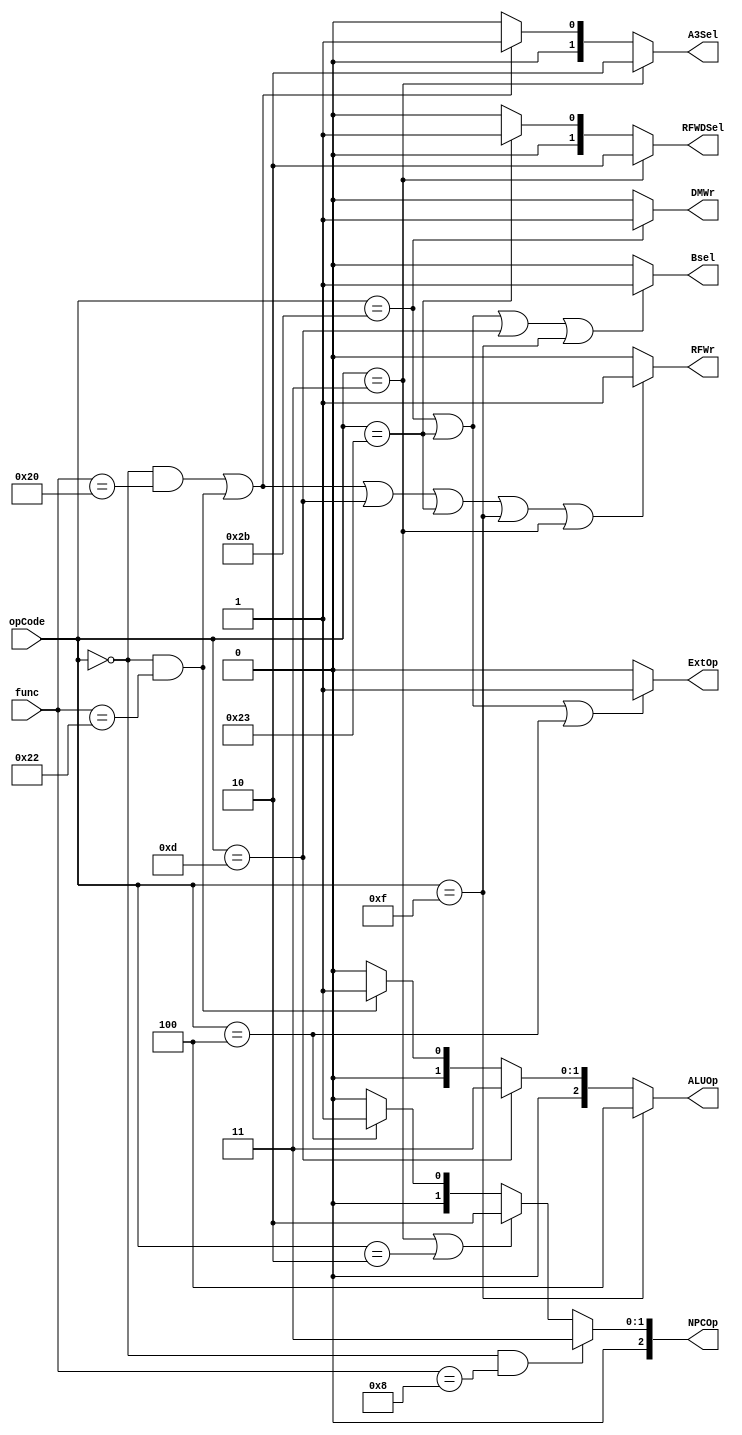
`timescale 1ns / 1ps
module ctrl(
	input [5:0] opCode,
	input [5:0] func,
	output [2:0] NPCOp,
	output [1:0] A3Sel,
	output [1:0] RFWDSel,
	output RFWr,
	output ExtOp,
	output Bsel,
	output [2:0] ALUOp,
	output DMWr
    );
	 
	assign special = (opCode == 6'b000000);
	assign add = (special && func == 6'b100_000);
	assign sub = (special && func == 6'b100_010);
	assign ori = (opCode == 6'b001_101);
	assign lui = (opCode == 6'b001_111);
	assign jal = (opCode == 6'b000_011);
	assign jr = (special && func == 6'b001_000);
	assign j = (opCode == 6'b000_010);
	assign lw = (opCode == 6'b100_011);
	assign sw = (opCode == 6'b101_011);
	assign beq = (opCode == 6'b000_100);
	
	assign NPCOp = (jr)? 3'b011:
						(jal|j) ? 3'b010:
						(beq)? 3'b001:
						3'b000;
	assign A3Sel = (jal) ? 2'b10:
						(add | sub) ? 2'b01:
						2'b00;
	assign RFWDSel = (jal) ? 2'b10:
							(lw) ? 2'b01:
							2'b00;
	
	assign RFWr = (add | sub | ori | lw | lui | jal) ? 1 : 0;
	assign ExtOp = (sw | lw | beq) ? 1 : 0;
	assign Bsel = (sw | lw | ori | lui) ? 1 : 0;
	assign ALUOp = (lui) ? 3'b100 : //000addu / 001subu/011 ori/100 lui
						(ori) ? 3'b011:
						(sub) ? 3'b001:
						3'b000;
	assign DMWr = (sw) ? 1 : 0;
endmodule